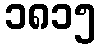
၁၈၁၅